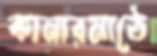
কানারমাঠে